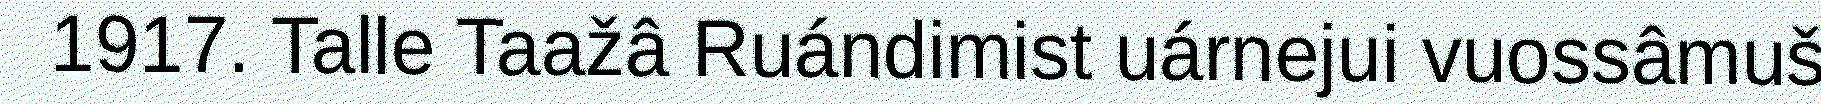
1917. Talle Taažâ Ruándimist uárnejui vuossâmuš